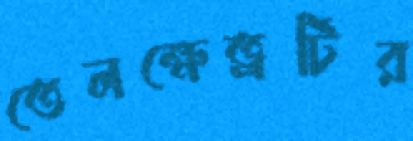
তেলক্ষেত্রটির